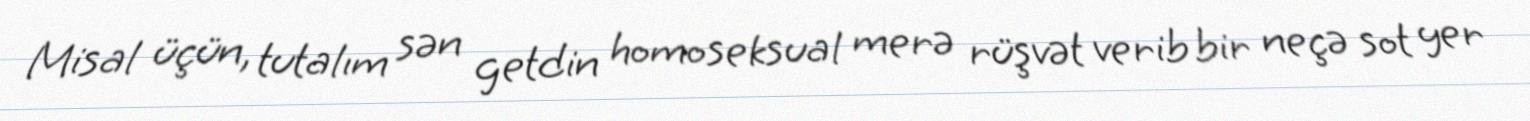
Misal üçün, tutalım sən getdin homoseksual merə rüşvət verib bir neçə sot yer